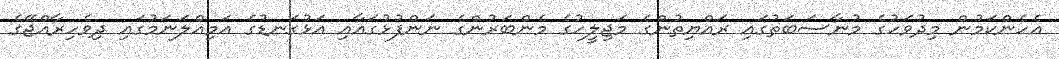
އެހެންކަމުން މިދުވަހުގެ މުނާސަބަތުގައި ރައްޔިތުންގެ މަޖިލީހުގެ މެންބަރުންގެ ނަންފުޅުގައާއި އަޅުގަނޑުގެ އަމިއްލަނަމުގައި ދިވެހިރާއްޖޭގެ